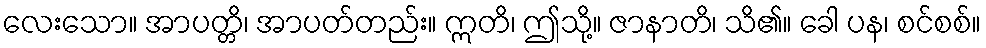
လေးသော။ အာပတ္တိ၊ အာပတ်တည်း။ ဣတိ၊ ဤသို့။ ဇာနာတိ၊ သိ၏။ ခေါ ပန၊ စင်စစ်။